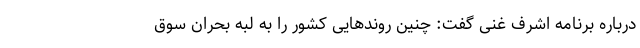
درباره برنامه اشرف غنی گفت: چنین روندهایی کشور را به لبه بحران سوق